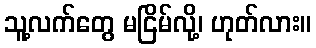
သူ့လက်တွေ မငြိမ်လို့၊ ဟုတ်လား။